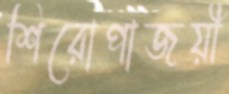
শিরোপাজয়ী